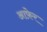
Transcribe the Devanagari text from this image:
आफ़ेर